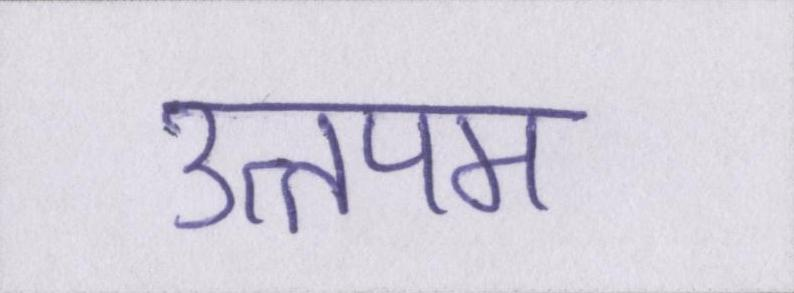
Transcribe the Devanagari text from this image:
उत्तपम